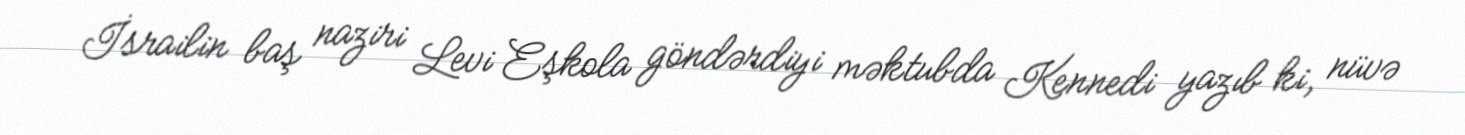
İsrailin baş naziri Levi Eşkola göndərdiyi məktubda Kennedi yazıb ki, nüvə